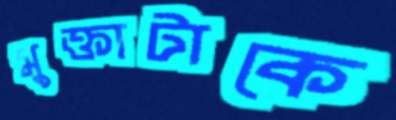
মুক্তাটাকে